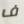
ف